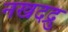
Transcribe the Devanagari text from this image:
नखदद्रु